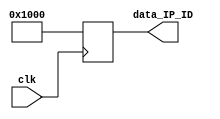
/*
 * Module Name:    ID 
 * Description:    IP-core ID value
 * - If you're an IP-core designer, don't change the file.
 * Revision: 
 * Revision 0.1 - File Created
 * Additional Comments:
 *
 */

module ID
#(
   parameter SIZE_REG   =   'd32,
   parameter ID         = 32'h00001000
)
(
    input wire                  clk,
    output reg [SIZE_REG-1:0]   data_IP_ID  //ID value
);

always @(posedge clk)
    data_IP_ID <= ID;

endmodule